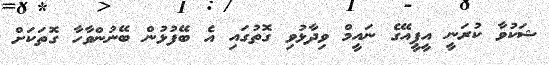
ޝަކުވާ ކުރަނީ އީޕީއޭގެ ނައީމް ވިދާޅުވި ގޮތުގައި އެ ބޭފުޅުން ބޭނުންވާހާ ގޮތަކަށް